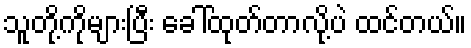
သူတို့ကိုများပြီး ခေါ်ထုတ်တာလို့ပဲ ထင်တယ်။